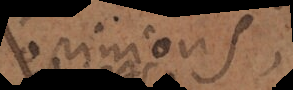
opinions,